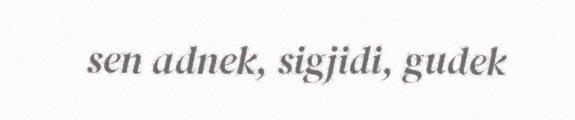
sen adnek, sigjidi, gudek